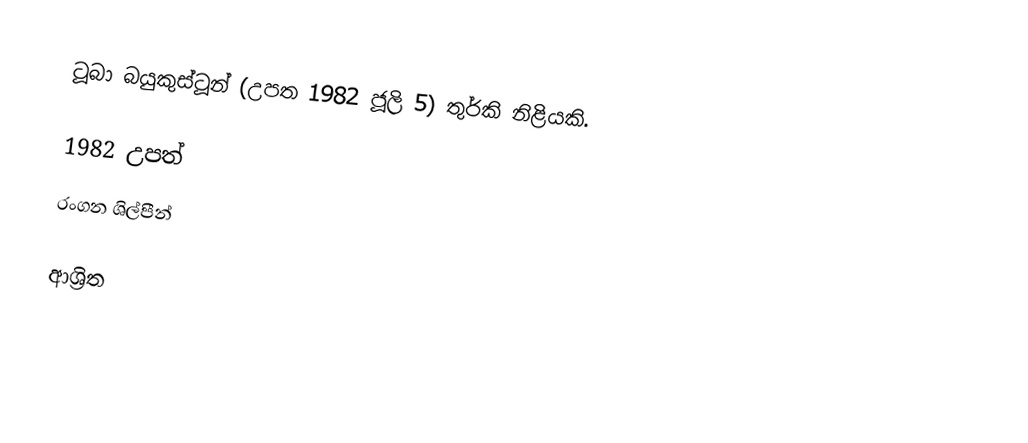
ටූබා බයුකුස්ටූන් (උපත 1982 ජූලි 5) තුර්කි නිළියකි.

1982 උපත්
රංගන ශිල්පීන්

ආශ්‍රිත